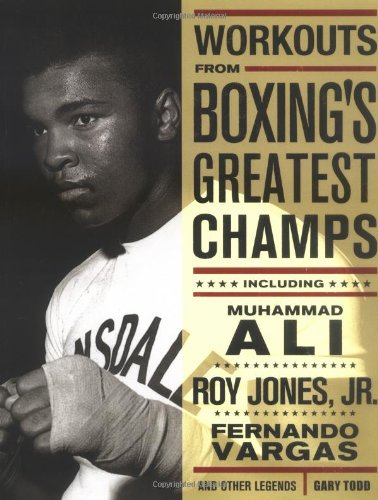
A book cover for Workouts from Boxing's Greatest Champs: Get in Shape with Muhammad Ali, Fernando Vargas, Roy Jones Jr., and Other Legends; Gary Todd; Sports & Outdoors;